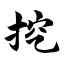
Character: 挖